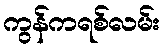
ကွန်ကရစ်လမ်း